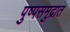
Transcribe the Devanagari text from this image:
पुष्पसमुद्रात